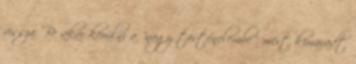
vissza. Be akar kerülni a "nagy történelembe", mert kimaradt